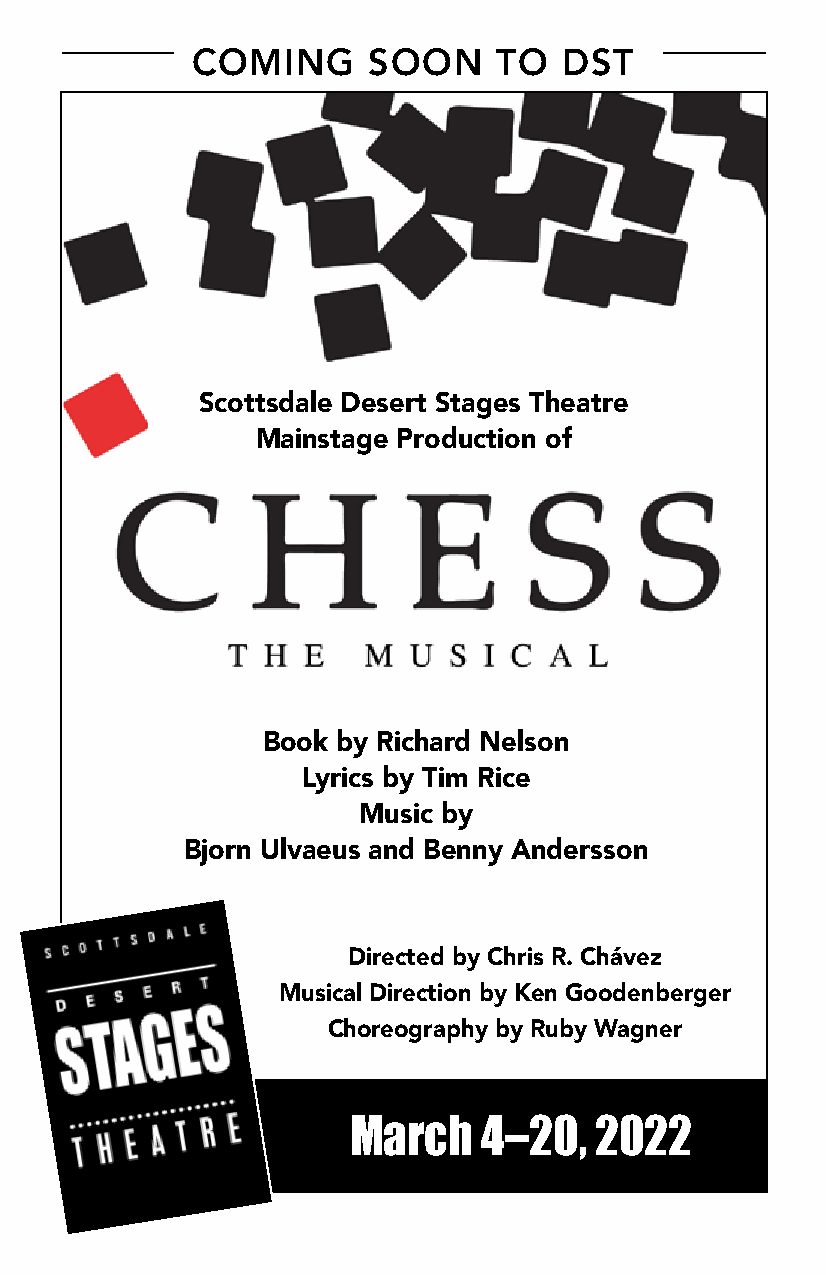
COMING     SOON     TO  DST
 Scottsdale Desert Stages Theatre
 Mainstage Production of
 Book by Richard Nelson
 Lyrics by Tim Rice
 Music by
 Bjorn Ulvaeus and Benny Andersson
 Directed by Chris R. Chávez
 Musical Direction by Ken Goodenberger
 Choreography by Ruby Wagner
 March    4–20,  2022